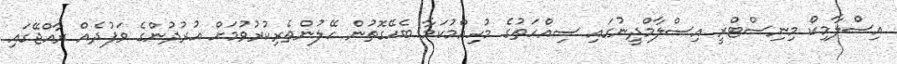
އިސްލާމިކް މިނިސްޓްރީ އިސްލާމްދީނުގައި ސިއްހަތުގެ މުހިއްމުކަމާ ބެހޭގޮތުން ހޭލުންތެރިކުރުވުމަށް އުރުދުންގެ ވަފުދެއް ރާއްޖޭގައި